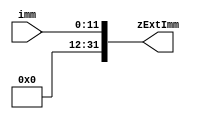
module zExt12to32bit( input [11:0] imm, output reg [31:0] zExtImm);
	always @ (imm)
	begin
		zExtImm={20'd0,imm};
	end
endmodule